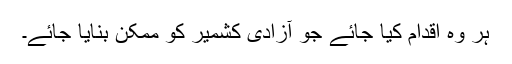
ہر وہ اقدام کیا جائے جو آزادی کشمیر کو ممکن بنایا جائے۔